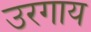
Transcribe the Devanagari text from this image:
उरगाय